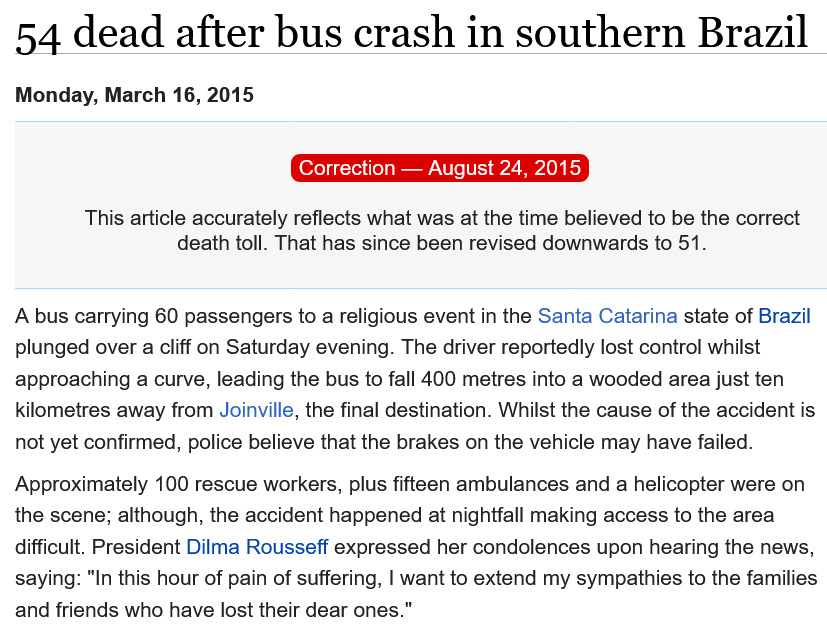
54    dead  after    bus    crash    in  southern    Brazil
  Monday, March 16, 2015
     Correction
     —  August 24, 2015
  A bus carrying 60 passengers to a religious event in the Santa Catarina state of Brazil
  plunged over a cliff on Saturday evening. The driver reportedly lost control whilst
  approaching a curve, leading the bus to fall 400 metres into a wooded area just ten
  kilometres away from Joinville, the final destination. Whilst the cause of the accident is
  not yet confirmed, police believe that the brakes on the vehicle may have failed.
  Approximately 100 rescue workers, plus fifteen ambulances and a helicopter were on
  the scene; although, the accident happened at nightfall making access to the area
  difficult. President Dilma Rousseff expressed her condolences upon hearing the news,
  saying: "In this hour of pain of suffering, | want to extend my sympathies to the families
  and friends who have lost their dear ones."
     This article accurately reflects what was at the time believed to be the correct
     death toll. That has since been revised downwards to 51.